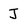
Character: J